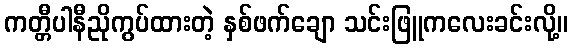
ကတ္တီပါနီညိုကွပ်ထားတဲ့ နှစ်ဖက်ချော သင်းဖြူကလေးခင်းလို့။